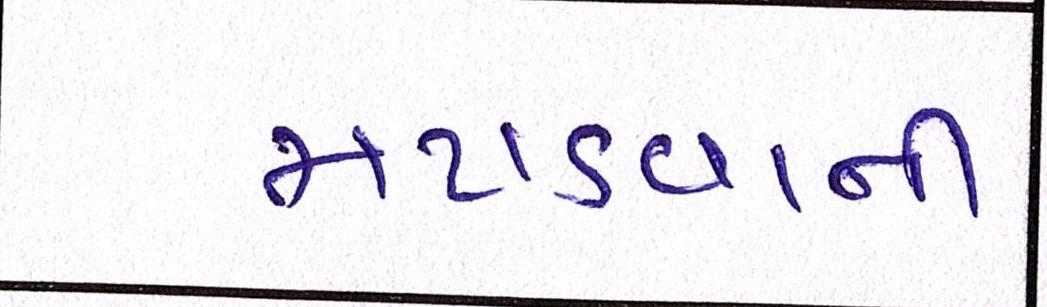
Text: મટાડવાની